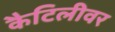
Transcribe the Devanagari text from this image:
कैटिलीवर